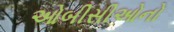
ઓબીસીઓનો